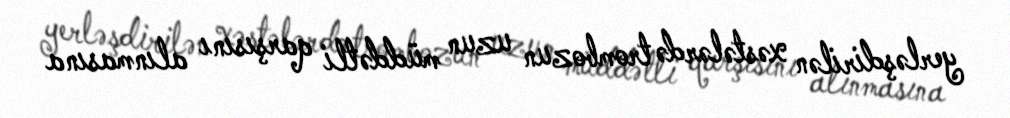
yerləşdirilən xəstələrdə trombozun uzun müddətli qarşısını alınmasına